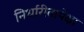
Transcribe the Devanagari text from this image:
निर्धारीतापेक्षा